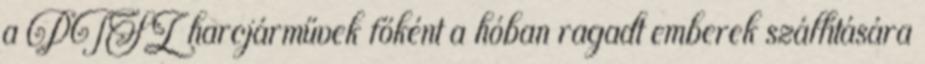
a PTSZ harcjárművek főként a hóban ragadt emberek szállítására